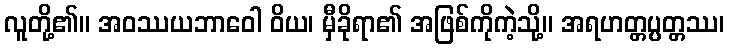
လူတို့၏။ အဝဿယဘာဝေါ ဝိယ၊ မှီခိုရာ၏ အဖြစ်ကိုကဲ့သို့။ အရဟတ္တပ္ပတ္တဿ၊